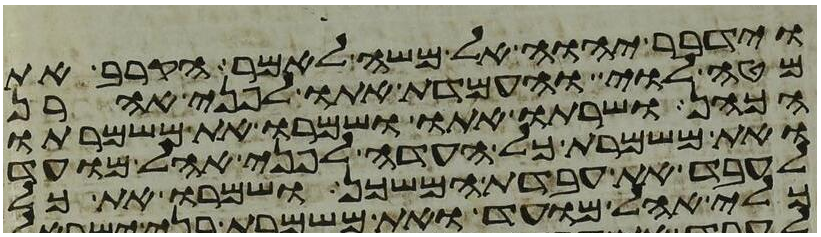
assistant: וידבר יהוה אל משה לאמר הקרב את
מטה לוי והעמדת אתו לפני אהרן
הכהן ושרתו אתו ושמרו את משמרתו
ואת משמרת כל העדה לפני אהל מועד
לעבד את עבדת המשכן ושמרו את כל